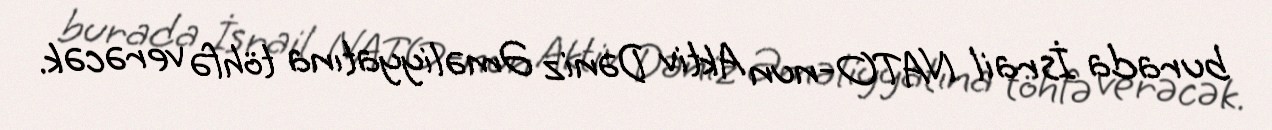
burada İsrail NATO-nun Aktiv Dəniz Əməliyyatına töhfə verəcək.